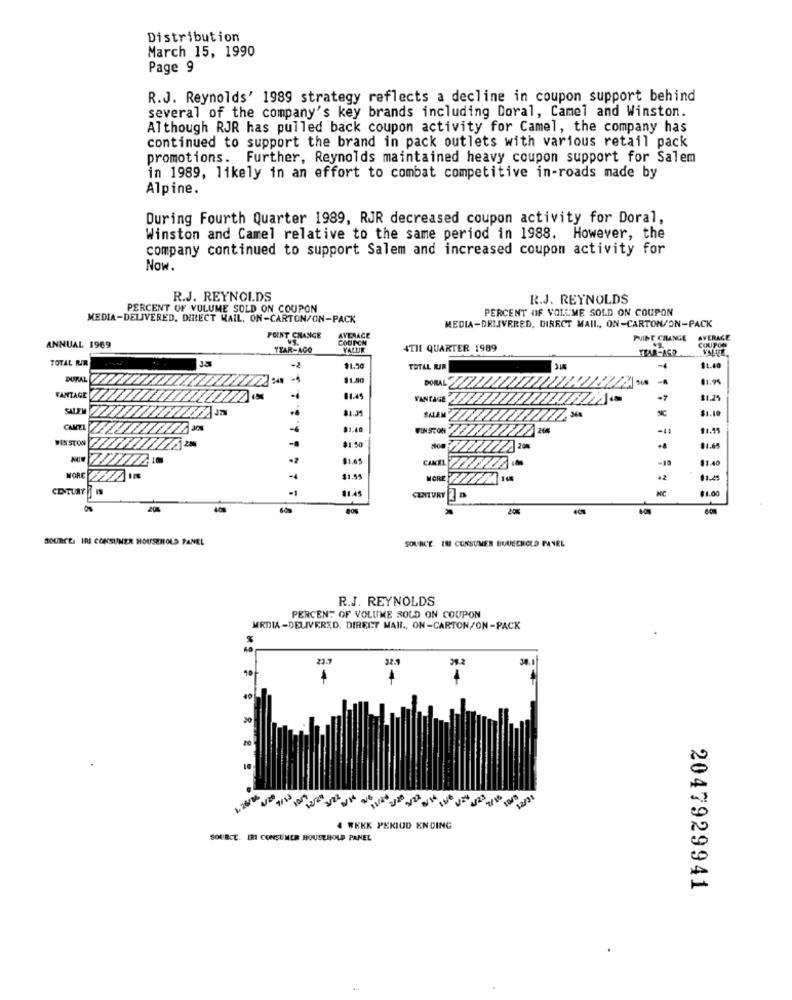
Distribution
March 15, 1990
Page 9
R.J. Reynolds' 1989 strategy reflects a decline in coupon support behind
several of the company's key brands including Doral, Camel and Winston.
Although RJR has pulled back coupon activity for Camel, the company has
continued to support the brand in pack outlets with various retail pack
promotions. Further, Reynolds maintained heavy coupon support for Salem
in 1989, likely in an effort to combat competitive in-roads made by
Alpine.
During Fourth Quarter 1989, RJR decreased coupon activity for Doral,
Winston and Camel relative to the same period in 1988. However, the
company continued to support Salem and increased coupon activity for
Now.
R.J. REYNOLDS
R.J. REYNOLDS
PERCENT OF VULUME SOLD ON COUPON
PERCENT OF VOLLME SOLD ON COUPON
MEDIA-DELIVERED. DIRECT MAIL, ON-CARTON/ON-PACK
MEDIA-DELIVERED, DIRECT MAIL, ON-CARTON/ON-PACK
POINT CHANGE
AVERAGE
COUPON
PUINE CHANGE
AVERAGE
COUPON
ANNUAL 1969
YEAR-AGO
YALLIR
4TH QUARTER 1989
TEA-AGO
TOTAL RUIR
-2
$1.50
TOTAL WAR
11.40
DURAL
$1.80
BORAL
FANTAGE
81.49
VANTAGE
SALEM
81.35
SALEM
CAMEL
-4
91.40
WINSTON
11.99
WINSTON
$1.50
CAMEL
-10
$1.40
MORE
-4
11.51
MORE
42
01-25
CENTURY
-1
11.44
MC
$1.00
CENTURY
SOURCE: IRI CONSUMER HOUSEHOLD PANEL
SOURCE. IN CONSUMER BUUECHOLD PANEL
R.J. REYNOLDS
PERCENT OF VOLUME SOLD ON COUPON
MRDIA-DELIVERED. DIRECT MAIL ., ON-CARTON/ON-PACK
23.7
30
4 WEEK PERIOD ENDING
SOURCE. IMI CONSUMER HOUSEHOLD PANEL
2047929941
.